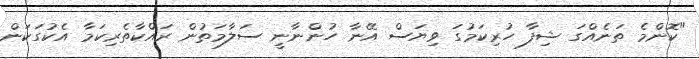
"ކޮންމެ ތަނެއްގަ ޝިފާ ހުރިކަމުގަ ވިޔަސް އޭނާ ހުންނާނީ ސަލާމަތުން ރައްކާތެރިކަމާ އެކުގަކަން